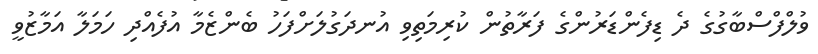
ވުލްފްސްބާގުގެ ދެ ޑިފެންޑަރުންގެ ފަރާތުން ކުރިމަތިވި އުނދަގުލަށްފަހު ބެންޒެމާ އުފެއްދި ހަމަލާ އަމާޒުވީ